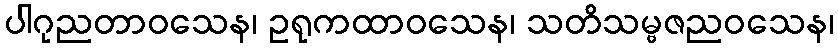
ပါဂုညတာဝသေန၊ ဥရုကထာဝသေန၊ သတိသမ္ဗဇညဝသေန၊